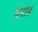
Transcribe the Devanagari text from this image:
बैनोड